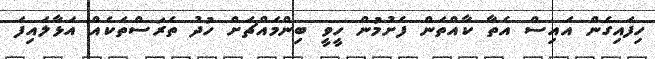
ހިފައިގެން އައިސް އެތާ ކާއްތަން ފެށުމުން ހީވީ ބިންމައްޗަށް ހުދު ތެރަސްތަކެއް އަޅާލައިފަ